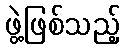
ဖွဲ့ဖြစ်သည့်